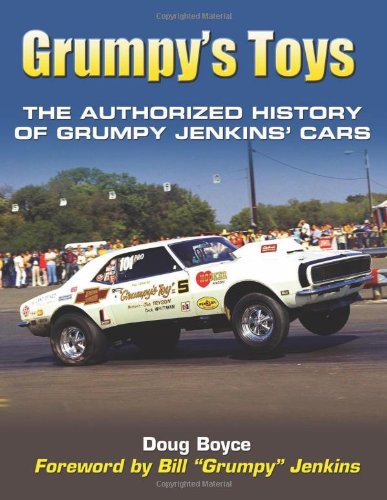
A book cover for Grumpy's Toys: The Authorized History of Grumpy Jenkins' Cars (Cartech); Doug Boyce; Engineering & Transportation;